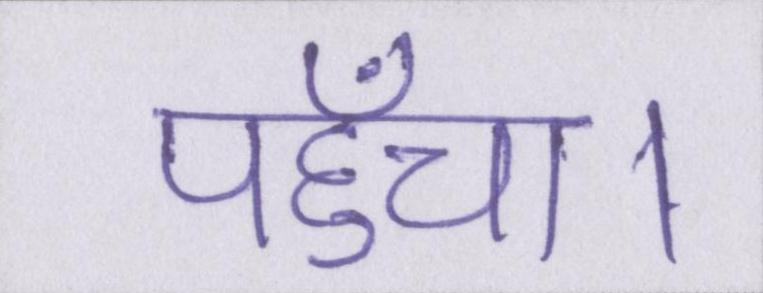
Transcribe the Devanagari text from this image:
पहुँचा।